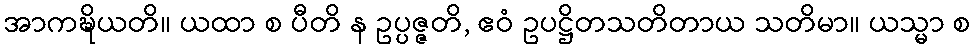
အာကဍ္ဎိယတိ။ ယထာ စ ပီတိ န ဥပ္ပဇ္ဇတိ, ဧဝံ ဥပဋ္ဌိတသတိတာယ သတိမာ။ ယသ္မာ စ